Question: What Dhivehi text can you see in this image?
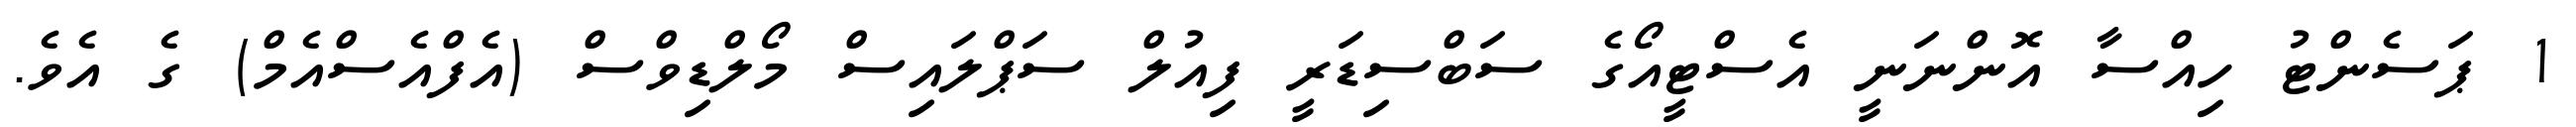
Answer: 1 ޕަސެންޓު ހިއްސާ އޮންނަނީ އެސްޓީއޯގެ ސަބްސިޑަރީ ފިއުލް ސަޕްލައިސް މޯލްޑިވްސް (އެފްއެސްއެމް) ގެ އެވެ.